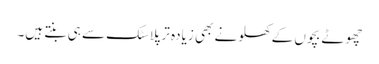
چھوٹے بچوں کے کھلونے بھی زیادہ تر پلاسٹک سے ہی بنتے ہیں۔